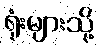
ရုံးများသို့